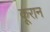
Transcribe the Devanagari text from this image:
कूरान